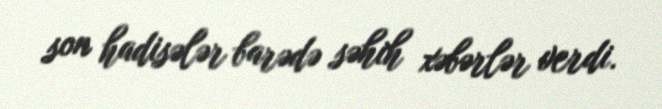
son hadisələr barədə səhih xəbərlər verdi.